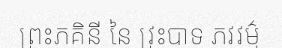
ព្រះភគិនី នៃ វ្រះបាទ ភវវម៌្ម